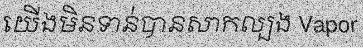
យើងមិនទាន់បានសាកល្បង Vapor